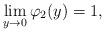
LaTeX: \begin{align*}\lim_{y\rightarrow 0} \varphi_2(y)=1,\end{align*}